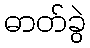
ဓာတ်ခွဲ